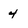
Character: 4